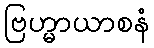
ဗြဟ္မာယာစနံ